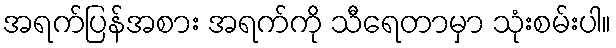
အရက်ပြန်အစား အရက်ကို သီရေတာမှာ သုံးစမ်းပါ။